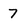
Character: 7